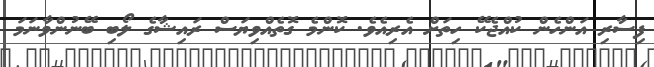
ފިސާރި އަންހެން ކުއްޖެކޭ ހިތަށް އެރިއެވެ. ކޮންމެ ގޮތެއްވިޔަސް ރައިޝާގެ ލޯބި ބޭނުންވާނަމަ